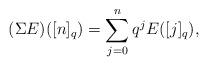
LaTeX: \begin{align*} (\Sigma E)([n]_q) = \sum_{j=0}^{n} q^{j} E([j]_q),\end{align*}